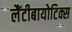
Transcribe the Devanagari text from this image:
लैंटीबायोटिक्स